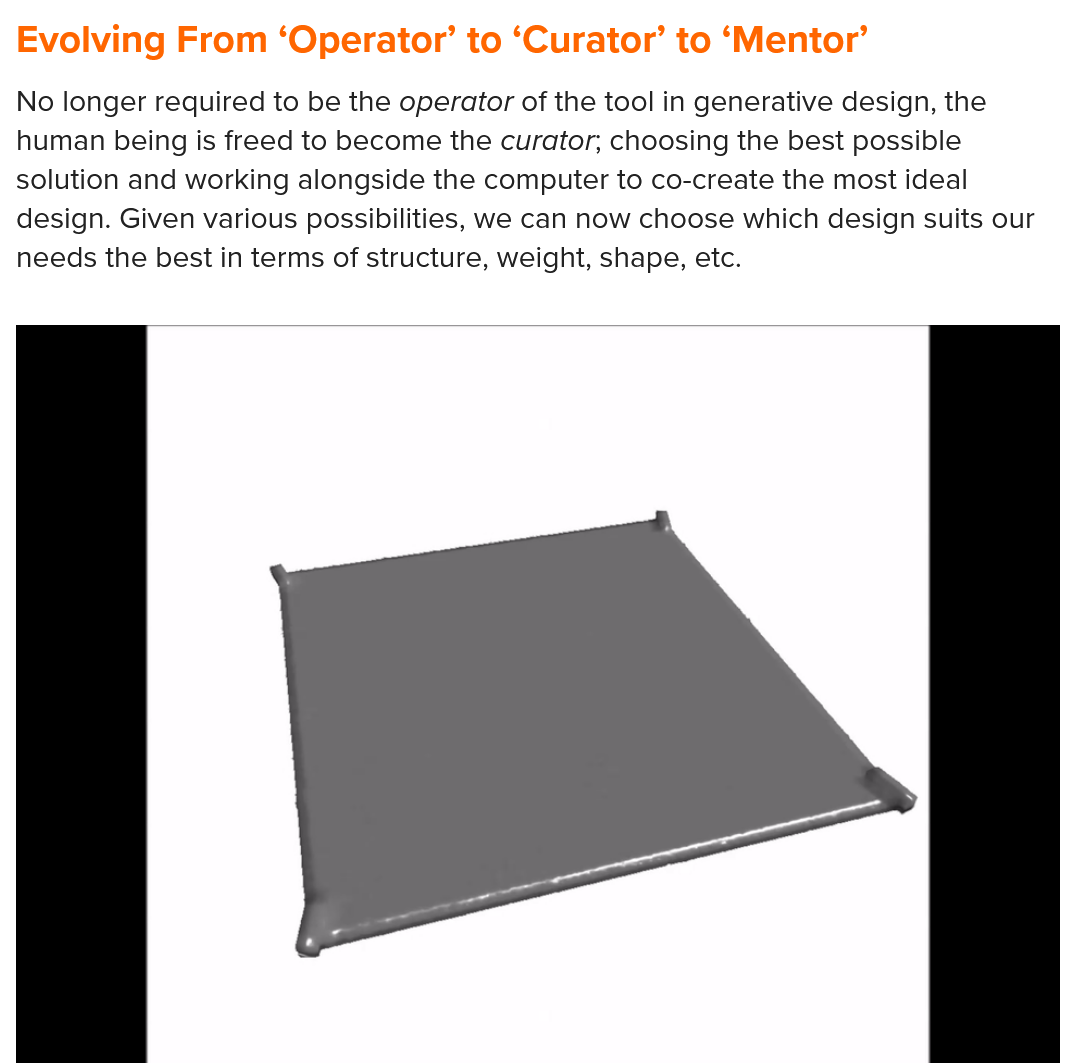
Evolving  From   ‘Operator’  to ‘Curator’ to ‘Mentor’
  No longer required to be the operator of the tool in generative design, the
  human being is freed to become the curator; choosing the best possible
  solution and working alongside the computer to co-create the most ideal
  design. Given various possibilities, we can now choose which design suits our
  needs the best in terms of structure, weight, shape, etc.